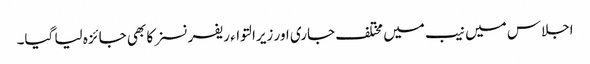
اجلاس میں نیب میں مختلف جاری اور زیرالتواء ریفرنسز کا بھی جائزہ لیا گیا۔